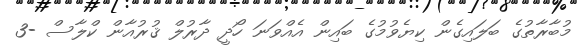
މުބާރާތުގެ ބަލައިގެން ކިޔެވުމުގެ ބައިން އެއްވަނަ ހޯދީ ދާރުލް ޤުރުއާން ކްލާސް -3